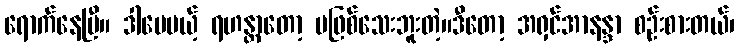
ရောက်နေပြီ။ ဒါပေမယ့် ရဟန္တာတော့ မဖြစ်သေးဘူးတဲ့။ဒီတော့ အရှင်အာနန္ဒာ စဉ်းစားတယ်၊